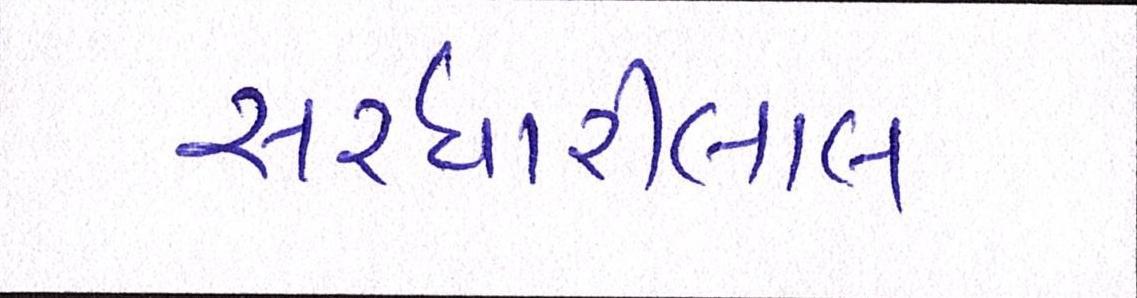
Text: સરધારીલાલ